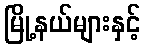
မြို့နယ်များနှင့်